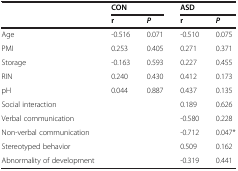
<table><thead><tr><td><b> </b></td><td colspan="2"><b>CON</b></td><td colspan="2"><b>ASD</b></td></tr><tr><td><b> </b></td><td><b>r</b></td><td><b><i>P</i></b></td><td><b>r</b></td><td><b><i>P</i></b></td></tr></thead><tbody><tr><td>Age</td><td>-0.516</td><td>0.071</td><td>-0.510</td><td>0.075</td></tr><tr><td>PMI</td><td>0.253</td><td>0.405</td><td>0.271</td><td>0.371</td></tr><tr><td>Storage</td><td>-0.163</td><td>0.593</td><td>0.227</td><td>0.455</td></tr><tr><td>RIN</td><td>0.240</td><td>0.430</td><td>0.412</td><td>0.173</td></tr><tr><td>pH</td><td>0.044</td><td>0.887</td><td>0.437</td><td>0.135</td></tr><tr><td>Social interaction</td><td> </td><td> </td><td>0.189</td><td>0.626</td></tr><tr><td>Verbal communication</td><td> </td><td> </td><td>-0.580</td><td>0.228</td></tr><tr><td>Non-verbal communication</td><td> </td><td> </td><td>-0.712</td><td>0.047*</td></tr><tr><td>Stereotyped behavior</td><td> </td><td> </td><td>0.509</td><td>0.162</td></tr><tr><td>Abnormality of development</td><td> </td><td> </td><td>-0.319</td><td>0.441</td></tr></tbody></table>